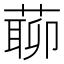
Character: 𦺹